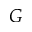
G